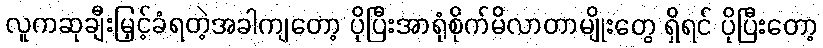
လူကဆုချီးမြှင့်ခံရတဲ့အခါကျတော့ ပိုပြီးအာရုံစိုက်မိလာတာမျိုးတွေ ရှိရင် ပိုပြီးတော့